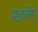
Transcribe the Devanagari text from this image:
पडलेम्